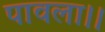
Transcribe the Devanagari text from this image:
पावला।।